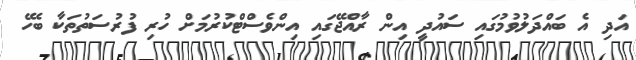
އަދި އެ ބައްދަލުވުމުގައި ސައުދީ އިން ރާއްޖޭގައި އިންވެސްޓްކުރުމަށް ހުރި ފުރުސަތުތަކާ ބެހޭ